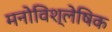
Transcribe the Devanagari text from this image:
मनोविश्लेषिक